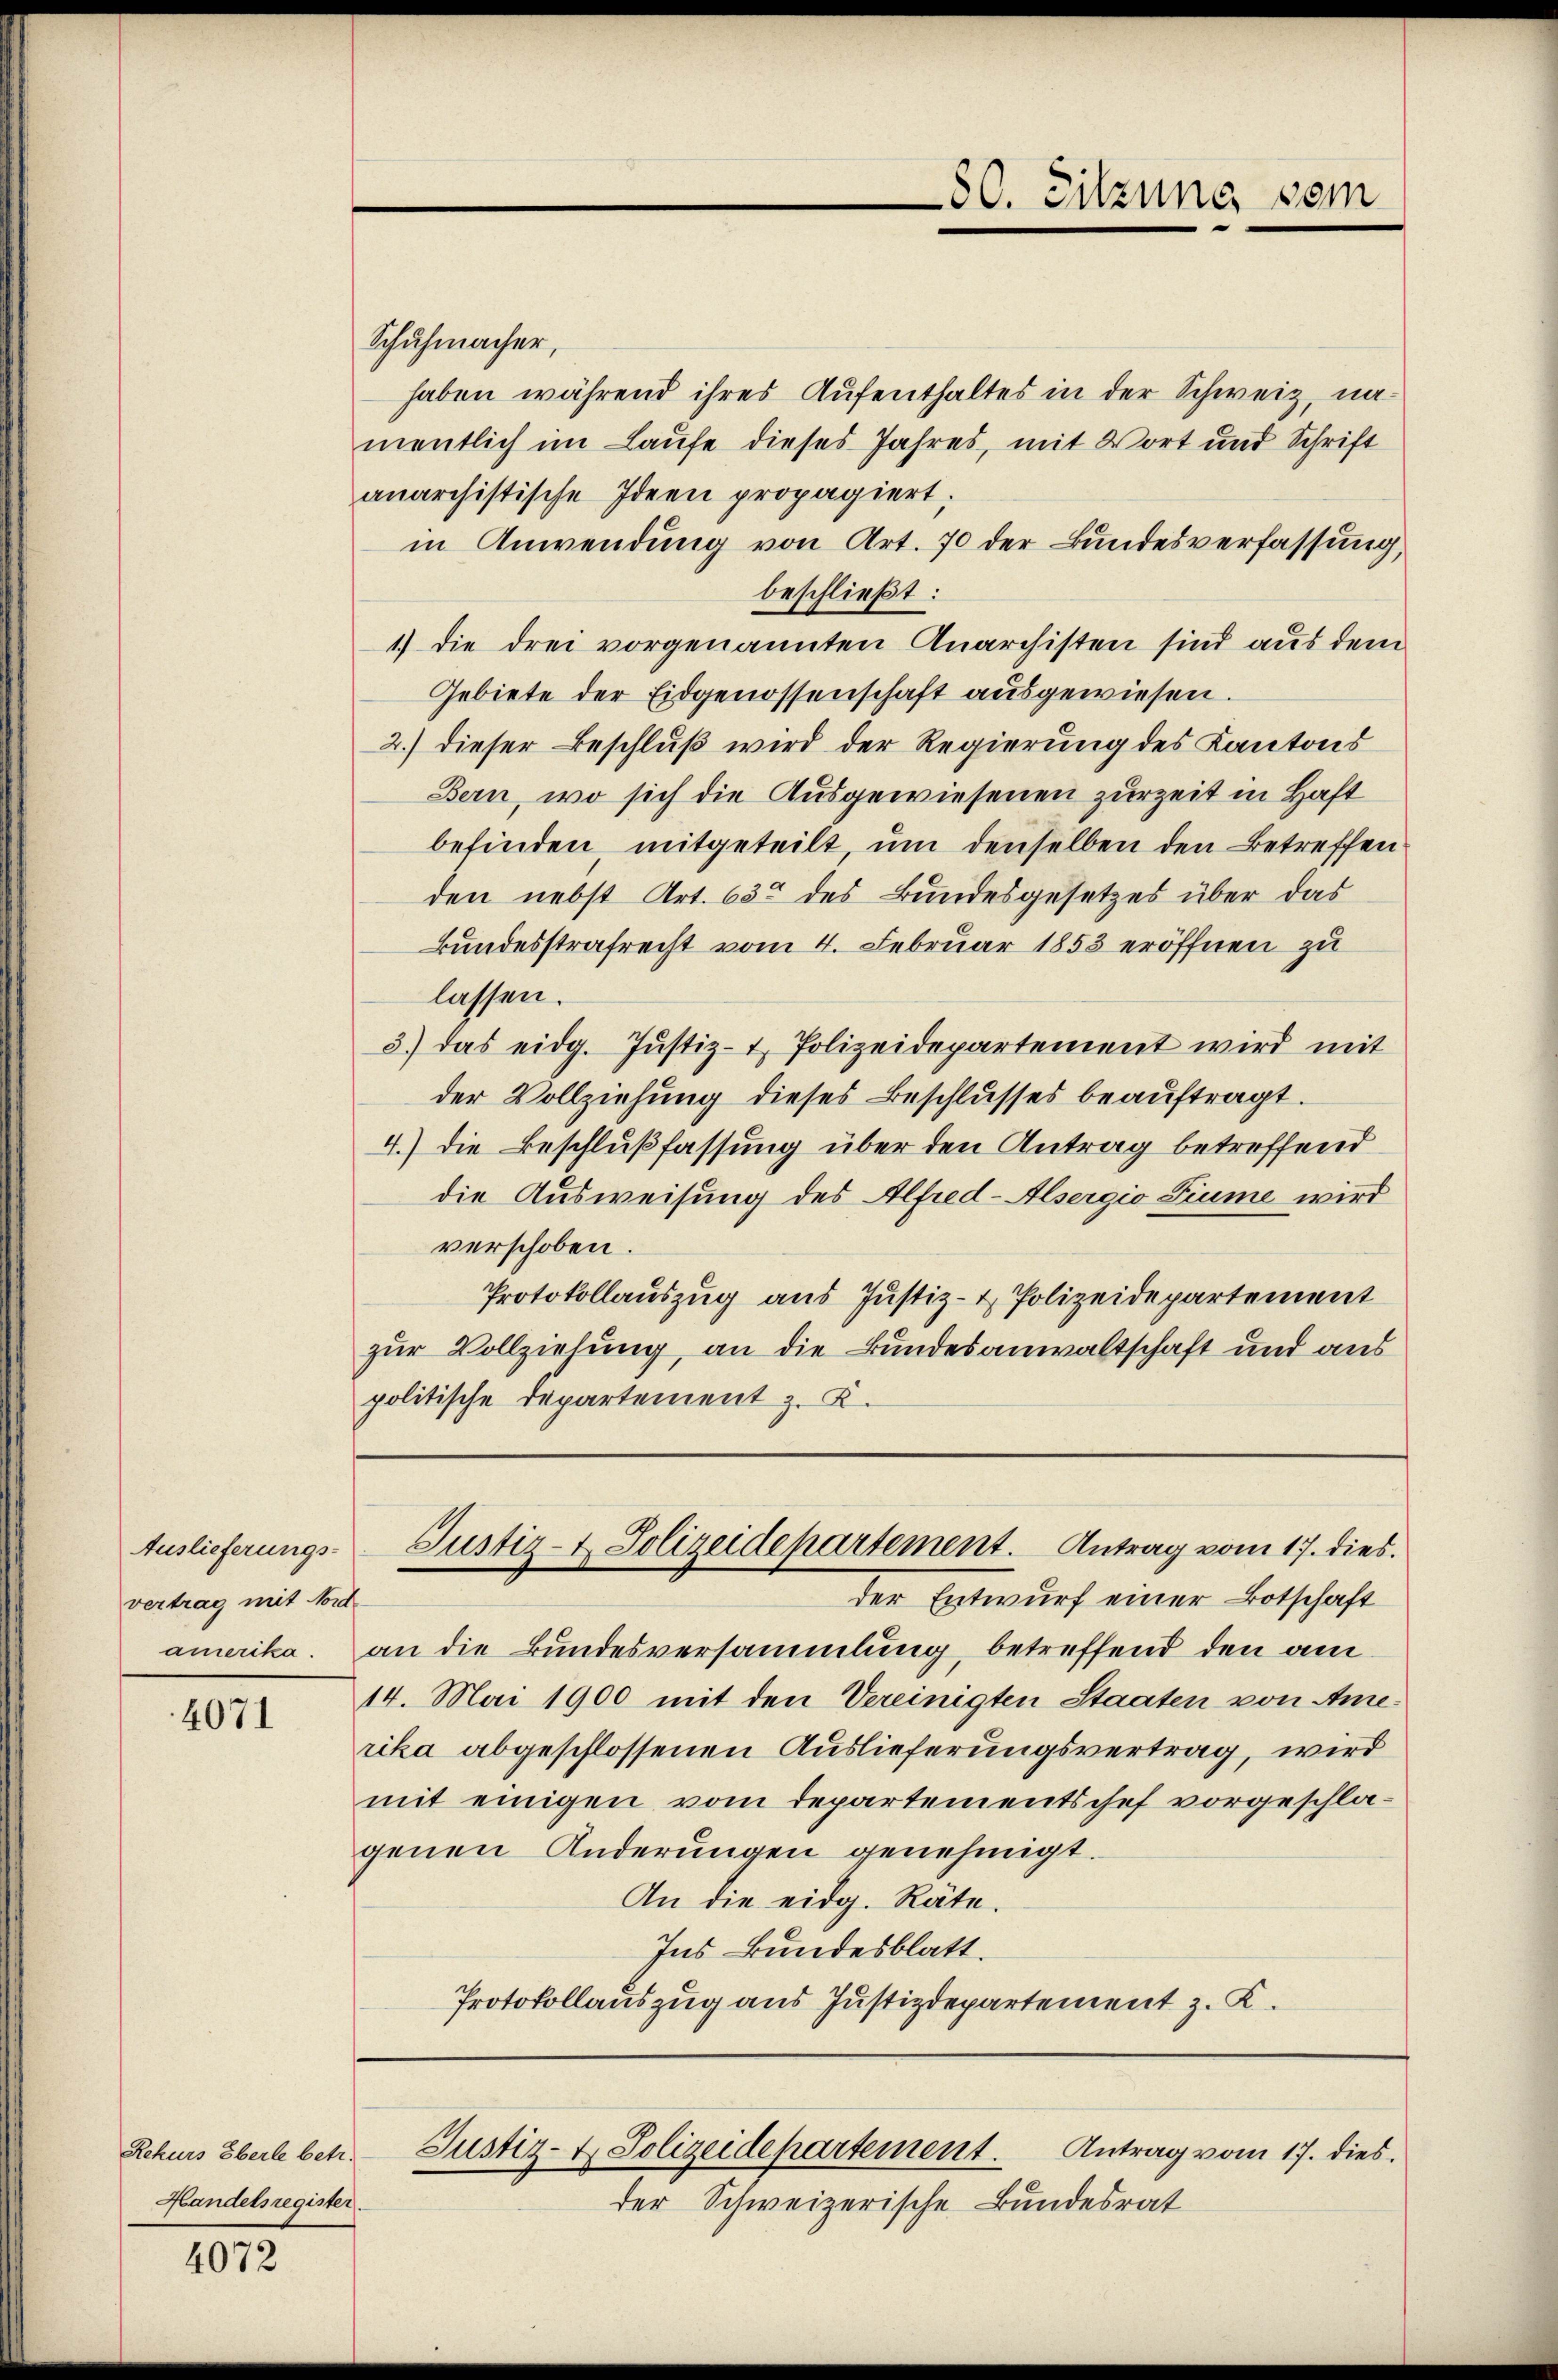
Auslieferungs-
vertrag mit Nord
amerika.

4071

Schuhmacher,
haben während ihres Aufenthaltes in der Schweiz, namentlich im Laufe dieses Jahres, mit Wort und Schrift
anarchistische Ideen propagiert;
in Anwendung von Art. 70 der Bundesverfassung,
beschließt:
1.) Die drei vorgenannten Anarchisten sind aus dem
Gebiete der Eidgenossenschaft ausgewiesen.
2.) dieser Beschluß wird der Regierung des Kantons
Bern, wo sich die Ausgewiesenen zurzeit in Haft
befinden, mitgeteilt, um denselben den Betreffen
den nebst Art. 630 des Bundesgesetzes über das
Bundesstrafrecht vom 4. Februar 1853 eröffnen zu
lassen.
3.) das eidg. Justiz- & Polizeidepartement wird mit
der Vollziehung dieses Beschlusses beauftragt.
4.) Die Beschlußfassung über den Antrag betreffend
die Ausweisung des Alfred-Alsergio Fiume wird
verschoben.
Protokollauszug aus Justiz- & Polizeidepartement
zur Vollzielung, an die Bundesanwaltschaft und aus
politische Departement z. K.

Rekurs Eberle betr.
Handelsregister.

4072

der Entwurf einer Botschaft
an die Bundesversammlung, betreffend den am
14. Mai 1900 mit den Vereinigten Staaten von Amerika abgeschlossenen Auslieferungsvertrag, wird
mit einigen vom Departementschef vorgeschlagenen Anderungen genehmigt.
An die eidg. Räte.
Ins Bundesblatt.
Protokollauszug aus Justizdepartement z. K.

der Schweizerische Bundesrat

80. Sitzung vom

Justiz- & Polizeidepartement. Antrag vom 17. dies

Justiz- & Polizeidepartement.
Antrag vom 17. dies.